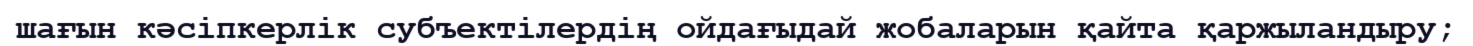
шағын кәсіпкерлік субъектілердің ойдағыдай жобаларын қайта қаржыландыру;